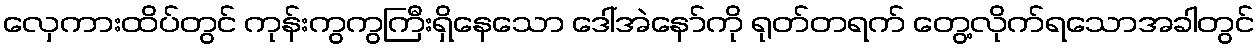
လှေကားထိပ်တွင် ကုန်းကွကွကြီးရှိနေသော ဒေါ်အဲနော်ကို ရုတ်တရက် တွေ့လိုက်ရသောအခါတွင်